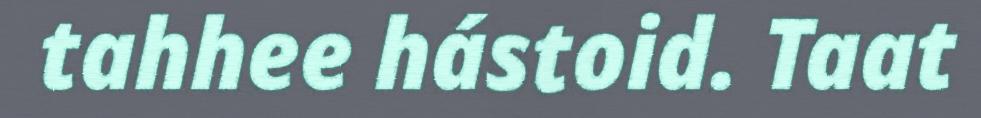
tahhee hástoid. Taat